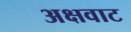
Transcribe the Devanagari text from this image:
अक्षवाट